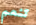
تنعم